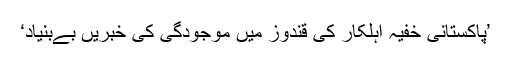
’پاکستانی خفیہ اہلکار کی قندوز میں موجودگی کی خبریں بےبنیاد‘